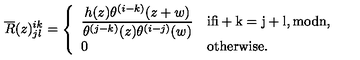
\overline { { R } } ( z ) _ { j l } ^ { i k } = \left\{ \begin{array} { l l } { \displaystyle \frac { h ( z ) \theta ^ { ( i - k ) } ( z + w ) } { \theta ^ { ( j - k ) } ( z ) \theta ^ { ( i - j ) } ( w ) } } & { \mathrm { i f i + k = j + l , m o d n , } } \\ { 0 } & { \mathrm { o t h e r w i s e . } } \\ \end{array} \right.